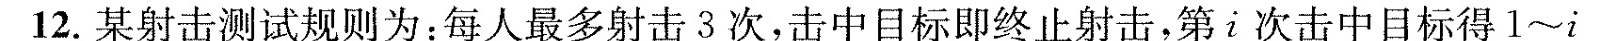
12.某射击测试规则为：每人最多射击3次，击中目标即终止射击，第i次击中目标得1~i